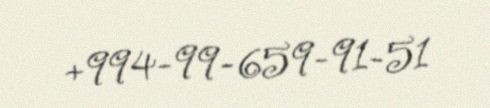
+994-99-659-91-51